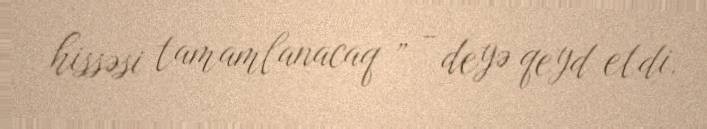
hissəsi tamamlanacaq ” - deyə qeyd etdi.